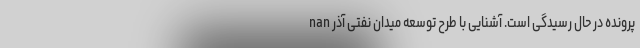
پرونده در حال رسیدگی است. آشنایی با طرح توسعه میدان نفتی آذر nan